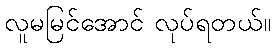
လူမမြင်အောင် လုပ်ရတယ်။